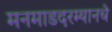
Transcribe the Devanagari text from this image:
मनमाडदरम्यानचे